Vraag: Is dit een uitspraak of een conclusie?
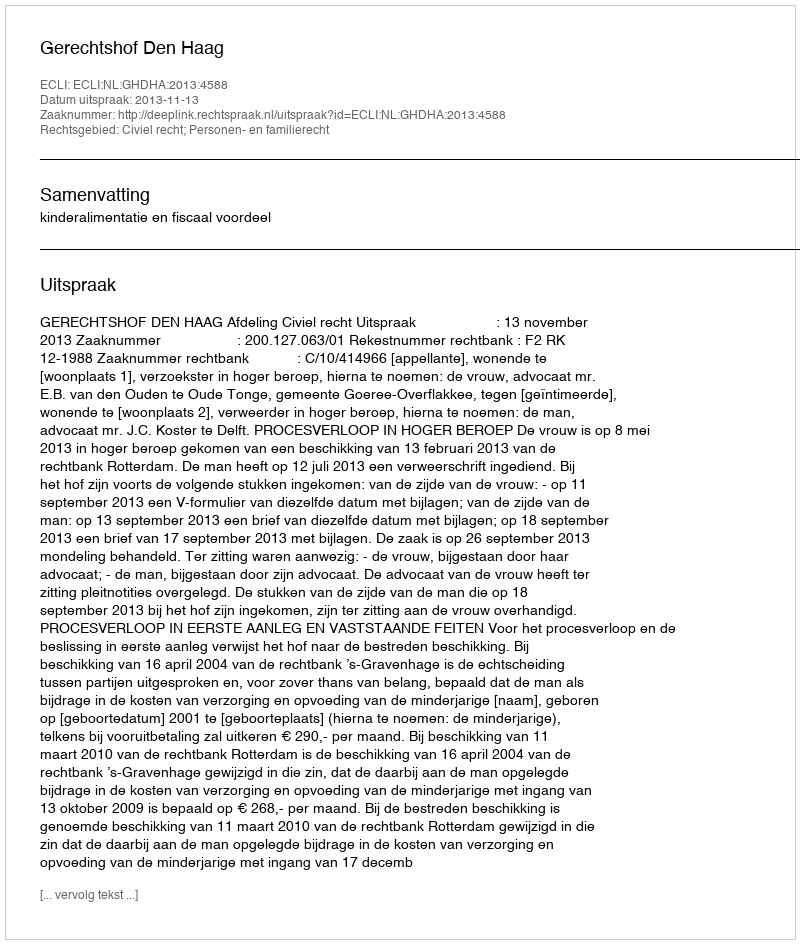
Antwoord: Uitspraak